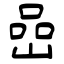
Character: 嵒